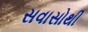
સવાસોથી